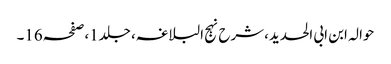
حوالہ ابن ابی الحدید،شرح نہج البلاغہ، جلد1،صفحہ16۔